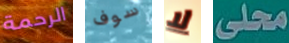
الرحمة سوف لا محلى